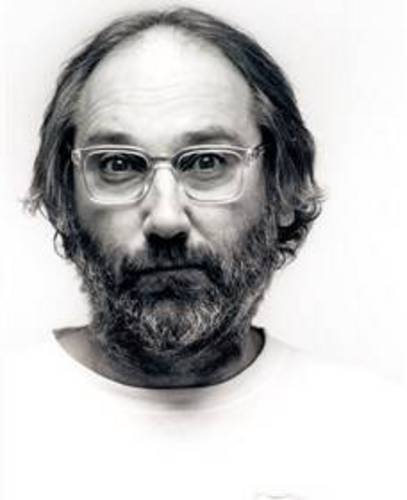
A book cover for Forget Me Not; Tom Holloway; Biographies & Memoirs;